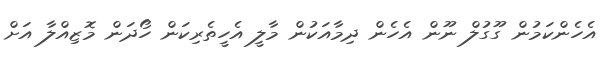
އެހެންކަމުން ގޫގުލް ނޫން އެހެން ދިމާއަކުން މާލީ އެހީތެރިކަން ހޯދަން މޮޒިއްލާ އަށް